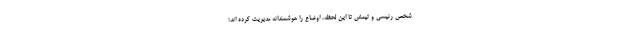
شخص رئیسی و تیمش تا این لحظه، اوضاع را هوشمندانه مدیریت کرده اند؛